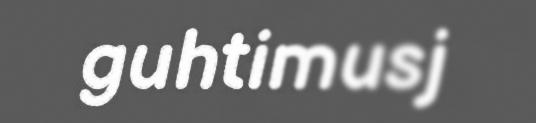
guhtimusj